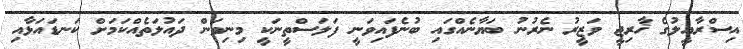
އިސްރާއީލުގެ ޚާރިޖީ ވަޒީރު ނެރުނު ބަޔާނެއްގައި ބުނެފައިވަނީ ފަލަސްތީނަކީ މިނިވަން ދައުލަތެއްކަމަށް ކަނޑައަޅާއި